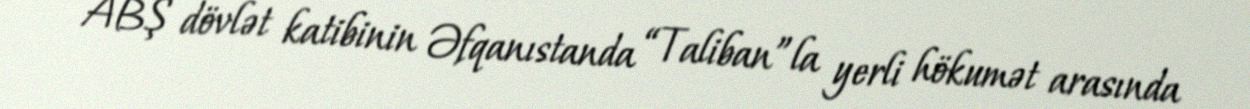
ABŞ dövlət katibinin Əfqanıstanda “Taliban”la yerli hökumət arasında